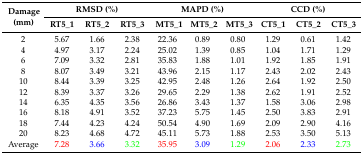
| <ROWSPAN=2> Damage (mm) | <COLSPAN=3> RMSD (%) | <COLSPAN=3> MAPD (%) | <COLSPAN=3> CCD (%) |
 | RT5_1 | RT5_2 | RT5_3 | MT5_1 | MT5_2 | MT5_3 | CT5_1 | CT5_2 | CT5_3 |
 | --- | --- | --- | --- | --- | --- | --- | --- | --- | --- |
 | 2 | 5.67 | 1.66 | 2.38 | 22.36 | 0.89 | 0.80 | 1.29 | 0.61 | 1.42 |
 | 4 | 4.97 | 3.17 | 2.24 | 25.02 | 1.39 | 0.85 | 1.04 | 1.71 | 1.29 |
 | 6 | 7.09 | 3.32 | 2.81 | 35.83 | 1.88 | 1.01 | 1.92 | 1.85 | 1.91 |
 | 8 | 8.07 | 3.49 | 3.21 | 43.96 | 2.15 | 1.17 | 2.43 | 2.02 | 2.43 |
 | 10 | 8.44 | 3.39 | 3.25 | 42.95 | 2.48 | 1.26 | 2.64 | 1.92 | 2.50 |
 | 12 | 8.39 | 3.37 | 3.26 | 29.65 | 2.29 | 1.38 | 2.62 | 1.91 | 2.52 |
 | 14 | 6.35 | 4.35 | 3.56 | 26.86 | 3.43 | 1.37 | 1.58 | 3.06 | 2.98 |
 | 16 | 8.18 | 4.91 | 3.52 | 37.23 | 5.75 | 1.45 | 2.50 | 3.83 | 2.91 |
 | 18 | 7.44 | 4.23 | 4.24 | 50.54 | 4.90 | 1.69 | 2.09 | 2.90 | 4.16 |
 | 20 | 8.23 | 4.68 | 4.72 | 45.11 | 5.73 | 1.88 | 2.53 | 3.50 | 5.13 |
 | Average | 7.28 | 3.66 | 3.32 | 35.95 | 3.09 | 1.29 | 2.06 | 2.33 | 2.73 |